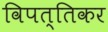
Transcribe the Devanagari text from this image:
विपत्तिकर